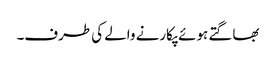
بھاگتے ہوئے پکارنے والے کی طرف۔